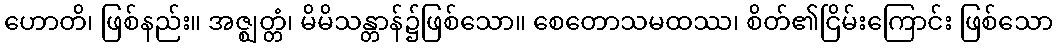
ဟောတိ၊ ဖြစ်နည်း။ အဇ္ဈတ္တံ၊ မိမိသန္တာန်၌ဖြစ်သော။ စေတောသမထဿ၊ စိတ်၏ငြိမ်းကြောင်း ဖြစ်သော